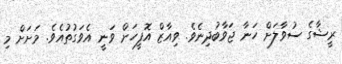
ރީޝާގެ ސުވާލަށް ހަނާ ޖަވާބުދިނެވެ. ވިއާޒް އޮފީހަށް ވަނީ އެވަގުތުއެވެ. މަށަށް މި